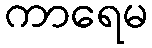
ကာရေမ